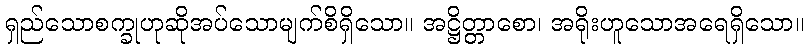
ရှည်သောစက္ခုဟုဆိုအပ်သောမျက်စိရှိသော။ အဋ္ဌိတ္တာစော၊ အရိုးဟူသောအရေရှိသော။